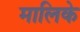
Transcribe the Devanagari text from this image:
मालिके